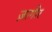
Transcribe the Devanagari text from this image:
ज़ागीर